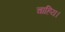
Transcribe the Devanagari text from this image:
चाहिय।